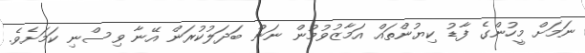
ނަމަށް މީހުންގެ ފާޑު ކިޔުންތައް އަމާޒުވުމުން ނަން ބަދަލުކުރަން އޭނާ ވިސްނި ކަމަށެވެ.